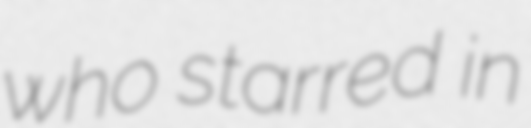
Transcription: who starred in